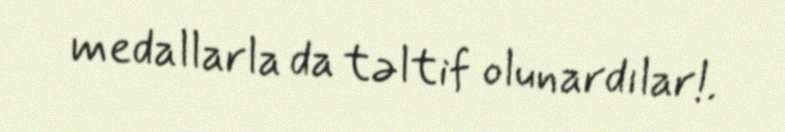
medallarla da təltif olunardılar!.